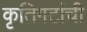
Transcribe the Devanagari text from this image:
कृतिगटांची